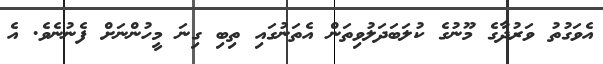
އެވަގުތު ވަރުދާގެ މޫނުގެ ކުލަބަދަލުވިތަން އެތަނުގައި ތިބި ގިނަ މީހުންނަށް ފެނުނެވެ. އެ